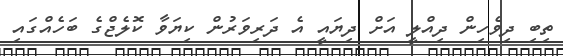
ތިބި ދިވެހިން ދިއްލީ އަށް ދިޔައީ އެ ދަރިވަރުން ކިޔަވާ ކޮލެޖްގެ ބަހެއްގައި